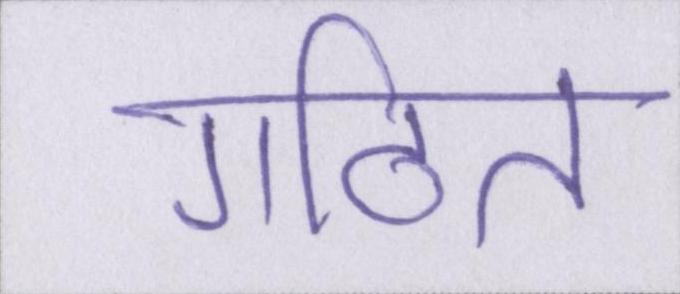
गठित